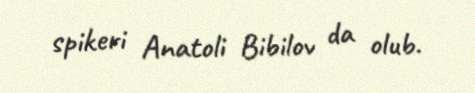
spikeri Anatoli Bibilov da olub.